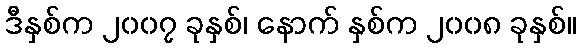
ဒီနှစ်က ၂၀၀၇ ခုနှစ်၊ နောက် နှစ်က ၂၀၀၈ ခုနှစ်။